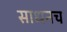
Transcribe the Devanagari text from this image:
साधनच